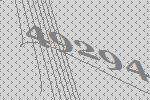
49294